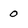
Character: 0